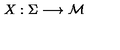
X : \Sigma \longrightarrow { \cal M }